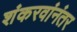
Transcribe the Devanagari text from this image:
शंकरवांनंतर